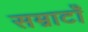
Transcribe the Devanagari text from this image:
सम्राटाँ